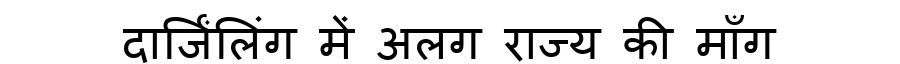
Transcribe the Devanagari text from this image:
दार्जिंलिंग में अलग राज्य की माँग